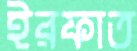
ইরফাত